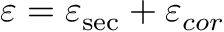
\varepsilon = \varepsilon _ { \mathrm { s e c } } + \varepsilon _ { c o r }